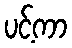
ပင့်ကာ